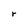
Character: r